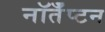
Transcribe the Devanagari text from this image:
नॉर्तँप्टन